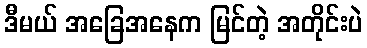
ဒီမယ် အခြေအနေက မြင်တဲ့ အတိုင်းပဲ